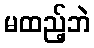
မထည့်ဘဲ